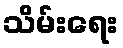
သိမ်းရေး